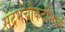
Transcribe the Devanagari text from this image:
संदर्भचौकटींमध्ये